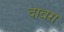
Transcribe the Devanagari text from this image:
दावरा